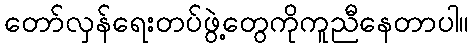
တော်လှန်ရေးတပ်ဖွဲ့တွေကိုကူညီနေတာပါ။